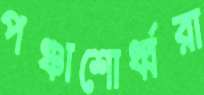
পঞ্চাশোর্ধ্বরা